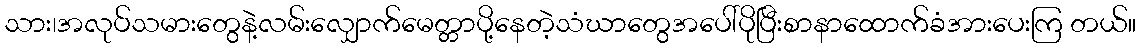
သား၊အလုပ်သမားတွေနဲ့လမ်းလျှောက်မေတ္တာပို့နေတဲ့သံဃာတွေအပေါ်ပိုပြီးစာနာထောက်ခံအားပေးကြ တယ်။